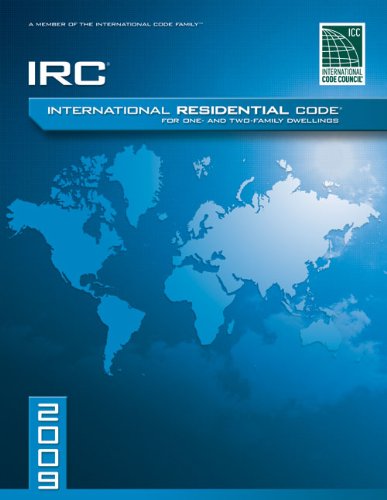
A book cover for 2009 International Residential Code For One-and-Two Family Dwellings: Soft Cover Version (International Code Council Series); International Code Council; Engineering & Transportation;